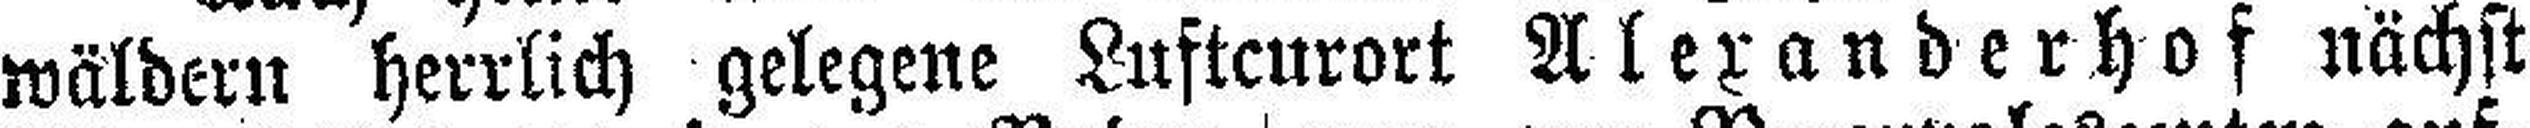
wäldern herrlich gelegene Luftcurort Alexanderhof nächst